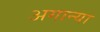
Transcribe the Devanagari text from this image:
अगान्या